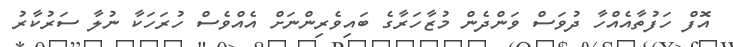
އޮފް ހަފުތާއެއްހާ ދުވަސް ވަންދެން މުޒާހަރާގެ ބައިވެރިންނަށް އެއްވެސް ހުރަހަކާ ނުލާ ސަރުކާރު